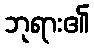
ဘုရား၏